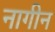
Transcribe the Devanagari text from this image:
नागीन